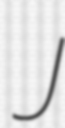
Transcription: J